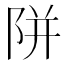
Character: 𨹗